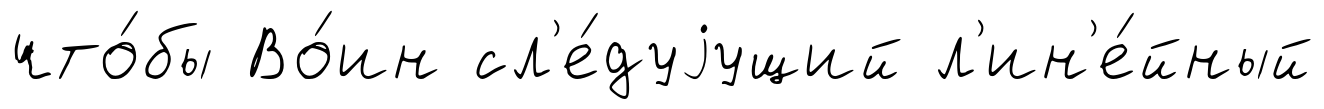
что́бы Во́ин сл'е́дуjущий л'ин'е́йный